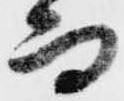
而